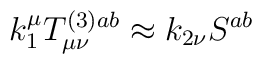
k_1^\mu T_{\mu \nu }^{(3)ab}\approx k_{2\nu }S^{ab}